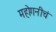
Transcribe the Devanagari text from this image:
महोगनीचं